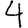
Digit: 4